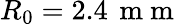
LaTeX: R_{0}=2.4\, \mathrm{~m~m~}